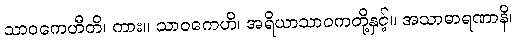
သာဝကေဟီတိ၊ ကား။ သာဝကေဟိ၊ အရိယာသာဝကတို့နှင့်။ အသာဓာရဏာနိ၊